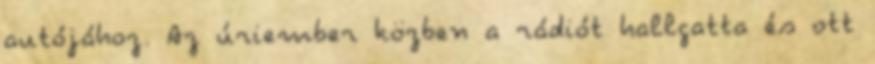
autójához. Az úriember közben a rádiót hallgatta és ott